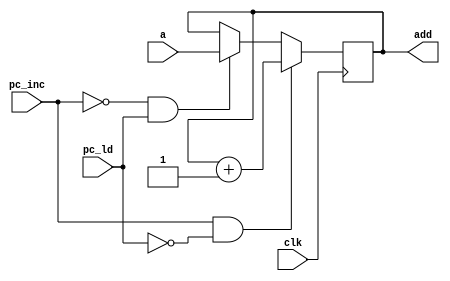
module pc(clk, pc_ld, pc_inc, a, add);
	input wire clk, pc_ld, pc_inc;
	input wire [7:0] a;
	output reg [7:0] add;

always @(negedge clk) begin
	if (pc_inc & ~pc_ld) begin
		add <= add + 8'b00000001;
	end
	else if (~pc_inc & pc_ld) begin
		add <= a;
	end
end

endmodule